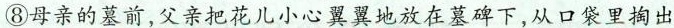
⑧母亲的菜前,父亲把花儿小心翼翼地放在慕碑下,从口袋里掏出